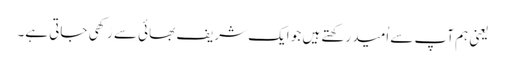
یعنی ہم آپ سے اُمید رکھتے ہیں جو ایک شریف بھائی سے رَکھی جاتی ہے۔